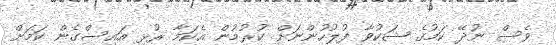
ވެސް ނުދޭ ކަމުގެ ޝަކުވާ ފުލުހުންނަށް ކުރުމުން އެކަމާ ރުޅި އައިސްގެން ކަމަށް